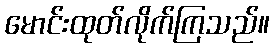
မောင်းထုတ်လိုက်ကြသည်။